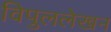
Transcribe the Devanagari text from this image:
विपुललेखन